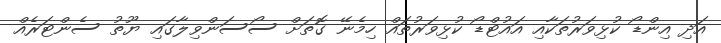
އަދި އިންޑޯ ކުޅިވަރުތަކާއި އައުޓްޑޯ ކުޅިވަރުތައް ހިމެނޭ ގޮތަށް ސޯސަންވިލާގައި ޔޫތު ސެންޓަރެއް